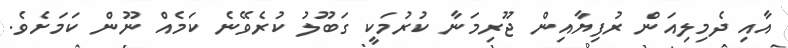
އާއި ދެމިލިއަން ރުފިޔާއިން ޖޫރިމަނާ ކުރުމަކީ ގަބޫލު ކުރެވޭނެ ކަމެއް ނޫން ކަމަށެވެ.